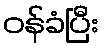
ဝန်ခံပြီး